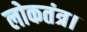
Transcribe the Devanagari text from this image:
लोकतंत्र।